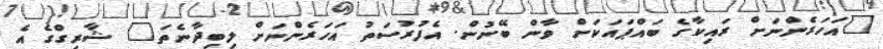
"އަހަރެންނަށް ރައިކާގެ ބައްޕައަކަށް ވާން ބޭނުން. އެފުރުސަތު އަހަރެންނަށް ލިބިދާނެތަ" ޝާރިގްގެ އެ